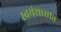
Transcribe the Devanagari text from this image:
स्वयंशासीत